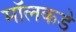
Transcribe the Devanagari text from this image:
मॉलकडे